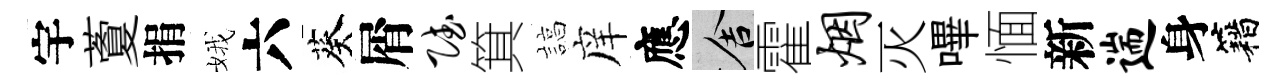
宇藑捐娥六葵屑赋箕諄庠應舍霍烟灭嗶愐新遄身籍